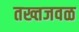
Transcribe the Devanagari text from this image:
तख्तजवळ